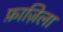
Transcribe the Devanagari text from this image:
फ़ाज़िला